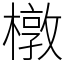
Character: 橔